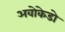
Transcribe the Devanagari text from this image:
अवोकेडो